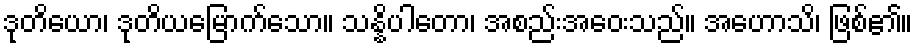
ဒုတိယော၊ ဒုတိယမြောက်သော။ သန္နိပါတော၊ အစည်းအဝေးသည်။ အဟောသိ၊ ဖြစ်၏။